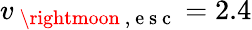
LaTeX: v_{\mathrm{~\rightmoon~,~e~s~c~}}=2.4